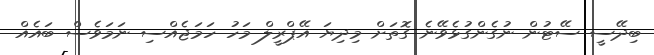
ބިދޭސީ ސޭޓުން ނުގެންގުޅެވޭނެ ގޮތަށް މިދިޔަ އޭޕްރީލް މަހު ހަމަޖެއްސި ނަމަވެސް ބައެއް